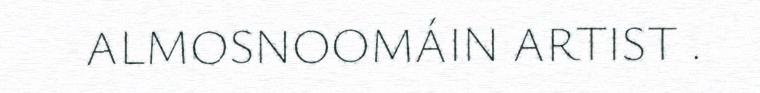
ALMOSNOOMÁIN ARTIST .